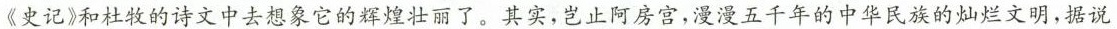
《史记》和杜牧的诗文中去想象它的辉煌壮丽了。其实，岂止阿房宫，漫漫五千年的中华民族的灿烂文明，据说